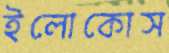
ইলোকোস